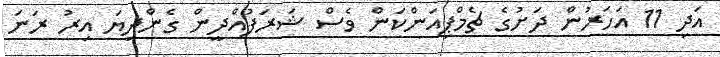
އަދި 11 އަހަރުން ދަށުގެ ޗެމްޕިއަންކަން ވެސް ޝަރަފުއްދީން ގެންދިޔަ އިރު ރަނަ